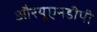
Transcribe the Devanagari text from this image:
औरयूएनडीपी